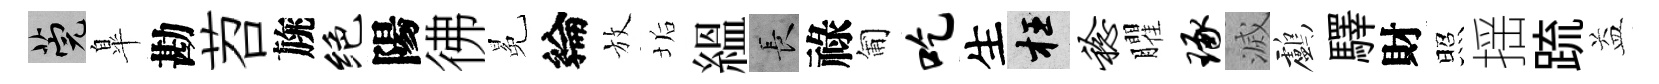
筦臯勘苕旐绝陽彿冕綸放垢緼长祿匍吃生枉稔臞琢滅鸕驛財照揺䟽益